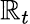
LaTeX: \mathbb{R}_{t}